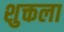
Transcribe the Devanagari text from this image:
शुक्तला